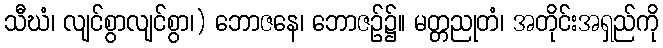
သီဃံ၊ လျင်စွာလျင်စွာ၊) ဘောဇနေ၊ ဘောဇဉ်၌။ မတ္တညုတံ၊ အတိုင်းအရှည်ကို